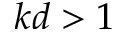
k d > 1